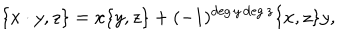
\{ x \cdot y , z \} = x \{ y , z \} + ( - 1 ) ^ { \deg { y } \deg { z } } \{ x , z \} y ,